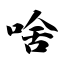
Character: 啥